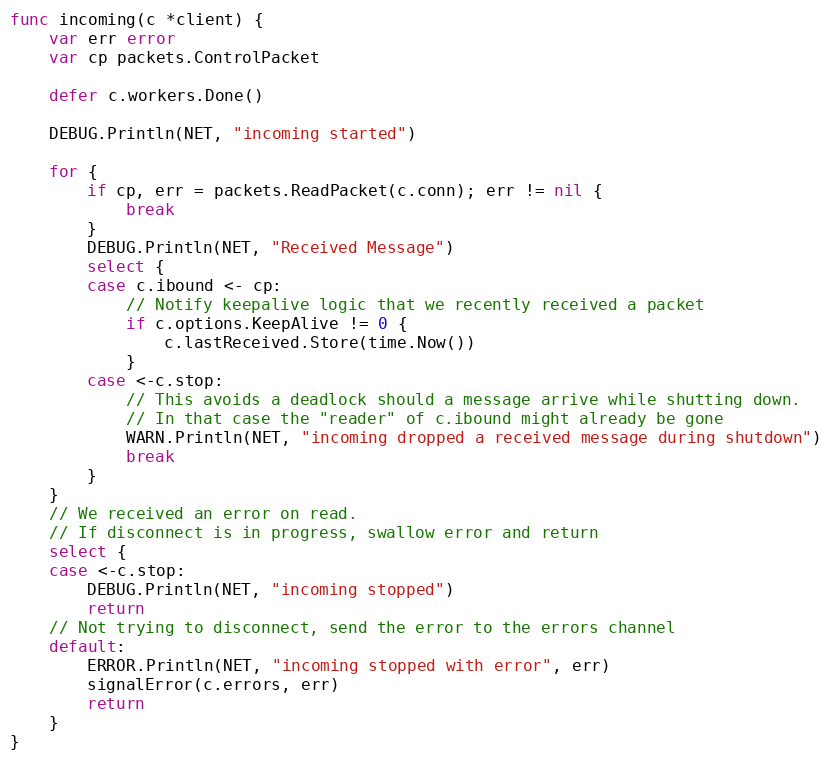
Language: Go
func incoming(c *client) {
	var err error
	var cp packets.ControlPacket

	defer c.workers.Done()

	DEBUG.Println(NET, "incoming started")

	for {
		if cp, err = packets.ReadPacket(c.conn); err != nil {
			break
		}
		DEBUG.Println(NET, "Received Message")
		select {
		case c.ibound <- cp:
			// Notify keepalive logic that we recently received a packet
			if c.options.KeepAlive != 0 {
				c.lastReceived.Store(time.Now())
			}
		case <-c.stop:
			// This avoids a deadlock should a message arrive while shutting down.
			// In that case the "reader" of c.ibound might already be gone
			WARN.Println(NET, "incoming dropped a received message during shutdown")
			break
		}
	}
	// We received an error on read.
	// If disconnect is in progress, swallow error and return
	select {
	case <-c.stop:
		DEBUG.Println(NET, "incoming stopped")
		return
	// Not trying to disconnect, send the error to the errors channel
	default:
		ERROR.Println(NET, "incoming stopped with error", err)
		signalError(c.errors, err)
		return
	}
}